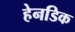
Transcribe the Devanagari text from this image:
हेनडिक